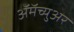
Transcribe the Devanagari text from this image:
ॲमॅच्युअर